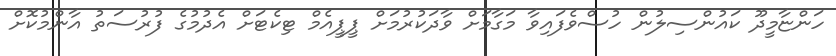
ހަންޏާމީދޫ ކައުންސިލުން ހުސްވެފައިވާ މަގާމަށް ވާދަކުރުމަށް ޕީޕީއެމް ޓިކެޓަށް އެދުމުގެ ފުރުސަތު އާންމުކޮށް